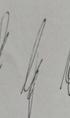
Signature authenticity: genuine